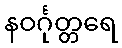
နဝင်္ဂုတ္တရေ